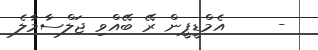
-     އެމްޑީޕީން ރޭ ބޭއްވި ޖަލްސާމާލެ